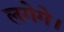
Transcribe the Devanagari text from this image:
लगेगे।